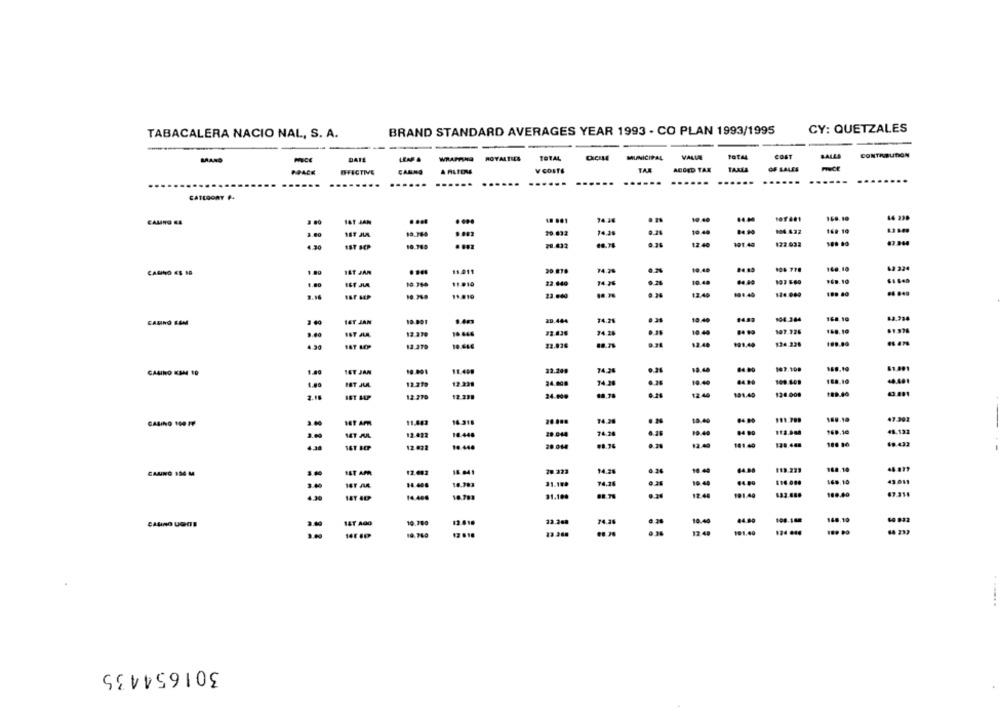
CY: QUETZALES
TABACALERA NACIO NAL, S. A.
BRAND STANDARD AVERAGES YEAR 1993 - CO PLAN 1993/1995
DATE
WRAPAR ROYALTIES
TOTAL
MUNICIPAL VALLE
COST
CONTRIBUTION
MAND
PACK
BFICTIVE
CAMINO
V COSTE
TAR
ADDED TAX
TAXLA
OF SALES
..
......
......
......
......
..
...
CATEGORY
168.10
CAMINO EA
IST JAN
....
....
74.34
107681
19:49
04.14
16. 10
3.00
20.633
0.24
4.30
10.749
79.432
12.48
191.49
122.033
EST SEP
140.10
62 324
CACINO ES SO
IST JAR
11.011
74.28
10.40
10.48
FED.10
1.80
11.10
23.840
14.76
11.019
22.040
.. 34
13.49
194,49
124.060
1ST JAN
10.001
20.444
74.28
10:40
194.364
168.10
74.28
10 40
107.125
188.10
3.60
16 646
12.279
10.446
22.026
12.40
124.228
199.00
187 10
10.48
84.90
107.108
168,10
16T JAN
10.001
11.400
22.249
74,26
24.000
74.36
19.40
84.90
109.409
168.10
1.80
12.219
19.239
12.270
12.229
24.000
12.44
191.40
120.008
189.19
CASINO 100 FF
11,403
16.318
74.28
10.49
74.26
169.10
48.132
12-422
10.448
29.044
12.072
14:448
28.014
12.40
181:40
69.433
160.10
SST APR
12.482
18.041
70.223
14.28
10:44
119.223
74.71
10 44
@4.90
114.000
169,10
43.011
3.40
14.406
16.383
31.199
0,35
4.30
14.400
10.783
88.78
12.44
191.40
189.40
67.314
CASINO UDOS
10.780
12.616
74.28
10.40
44.00
108.108
168.10
64 832
12.48
191.40
124 644
23.368
301654435